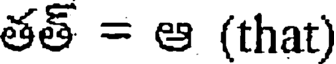
తత్ = ఆ (that)